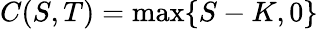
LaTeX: C(S,T)=\operatorname*{max}\{ S-K,0\}